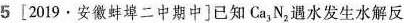
5[2019·安徽蚌埠二中期中]已知Ca_{3}N_{2}，遇水发生水解反